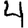
Digit: 4